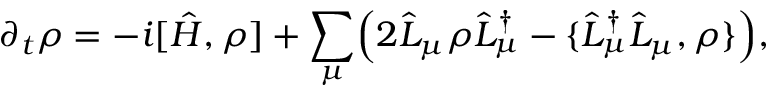
\partial _ { t } \rho = - i [ \hat { H } , \rho ] + \sum _ { \mu } \Bigl ( 2 \hat { L } _ { \mu } \rho \hat { L } _ { \mu } ^ { \dagger } - \{ \hat { L } _ { \mu } ^ { \dagger } \hat { L } _ { \mu } , \rho \} \Bigr ) ,